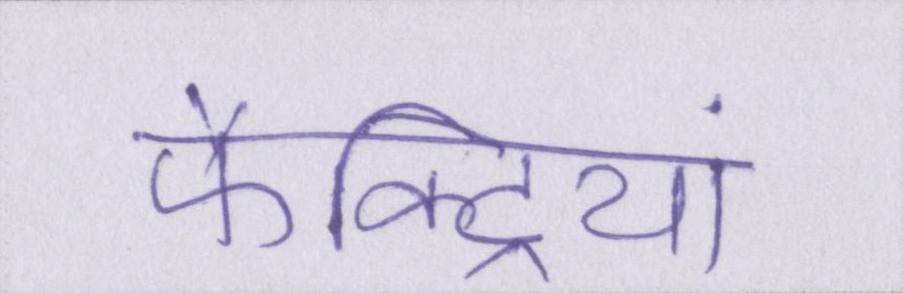
फैक्ट्रियां